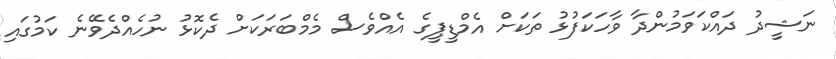
ނަޝީދު ދައްކަވަމުންދާ ވާހަކަފުޅު ތަކަށް އެމްޑީޕީގެ އެއްވެސް މެމްބަރަކަށް ދެކޮޅު ނުހެއްދެވޭނެ ކަމުގައި